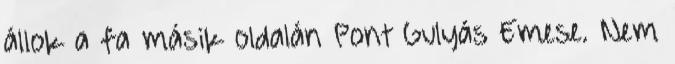
állok a fa másik oldalán Pont Gulyás Emese. Nem